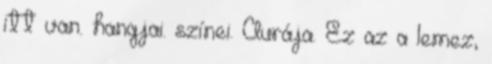
itt van. hangjai. színei. Aurája. Ez az a lemez,